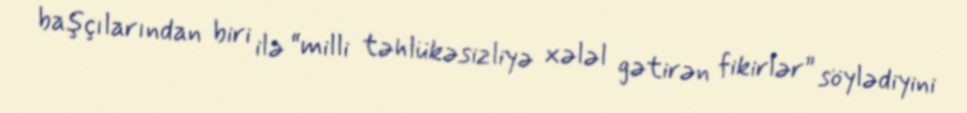
başçılarından biri ilə “milli təhlükəsizliyə xələl gətirən fikirlər” söylədiyini